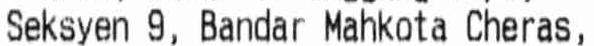
SEKSYEN 9, BANDAR MAHKOTA CHERAS,